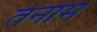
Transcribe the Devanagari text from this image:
तनोम